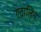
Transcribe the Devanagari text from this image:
एद्रालिन